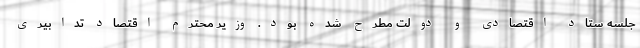
جلسه ستاد اقتصادی و دولت مطرح شده بود. وزیر محترم اقتصاد تدابیری